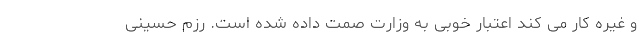
و غیره کار می کند اعتبار خوبی به وزارت صمت داده شده است. رزم حسینی